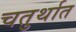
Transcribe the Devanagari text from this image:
चतुर्थात